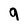
Character: 9